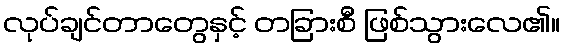
လုပ်ချင်တာတွေနှင့် တခြားစီ ဖြစ်သွားလေ၏။